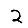
Digit: 2